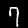
Digit: 7